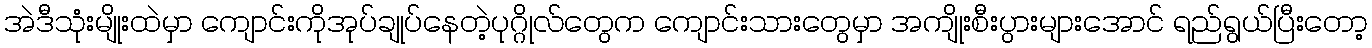
အဲဒီသုံးမျိုးထဲမှာ ကျောင်းကိုအုပ်ချုပ်နေတဲ့ပုဂ္ဂိုလ်တွေက ကျောင်းသားတွေမှာ အကျိုးစီးပွားများအောင် ရည်ရွယ်ပြီးတော့